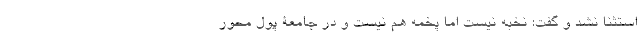
استثنا نشد و گفت: نخبه نیست اما پخمه هم نیست و در جامعۀ پول محور